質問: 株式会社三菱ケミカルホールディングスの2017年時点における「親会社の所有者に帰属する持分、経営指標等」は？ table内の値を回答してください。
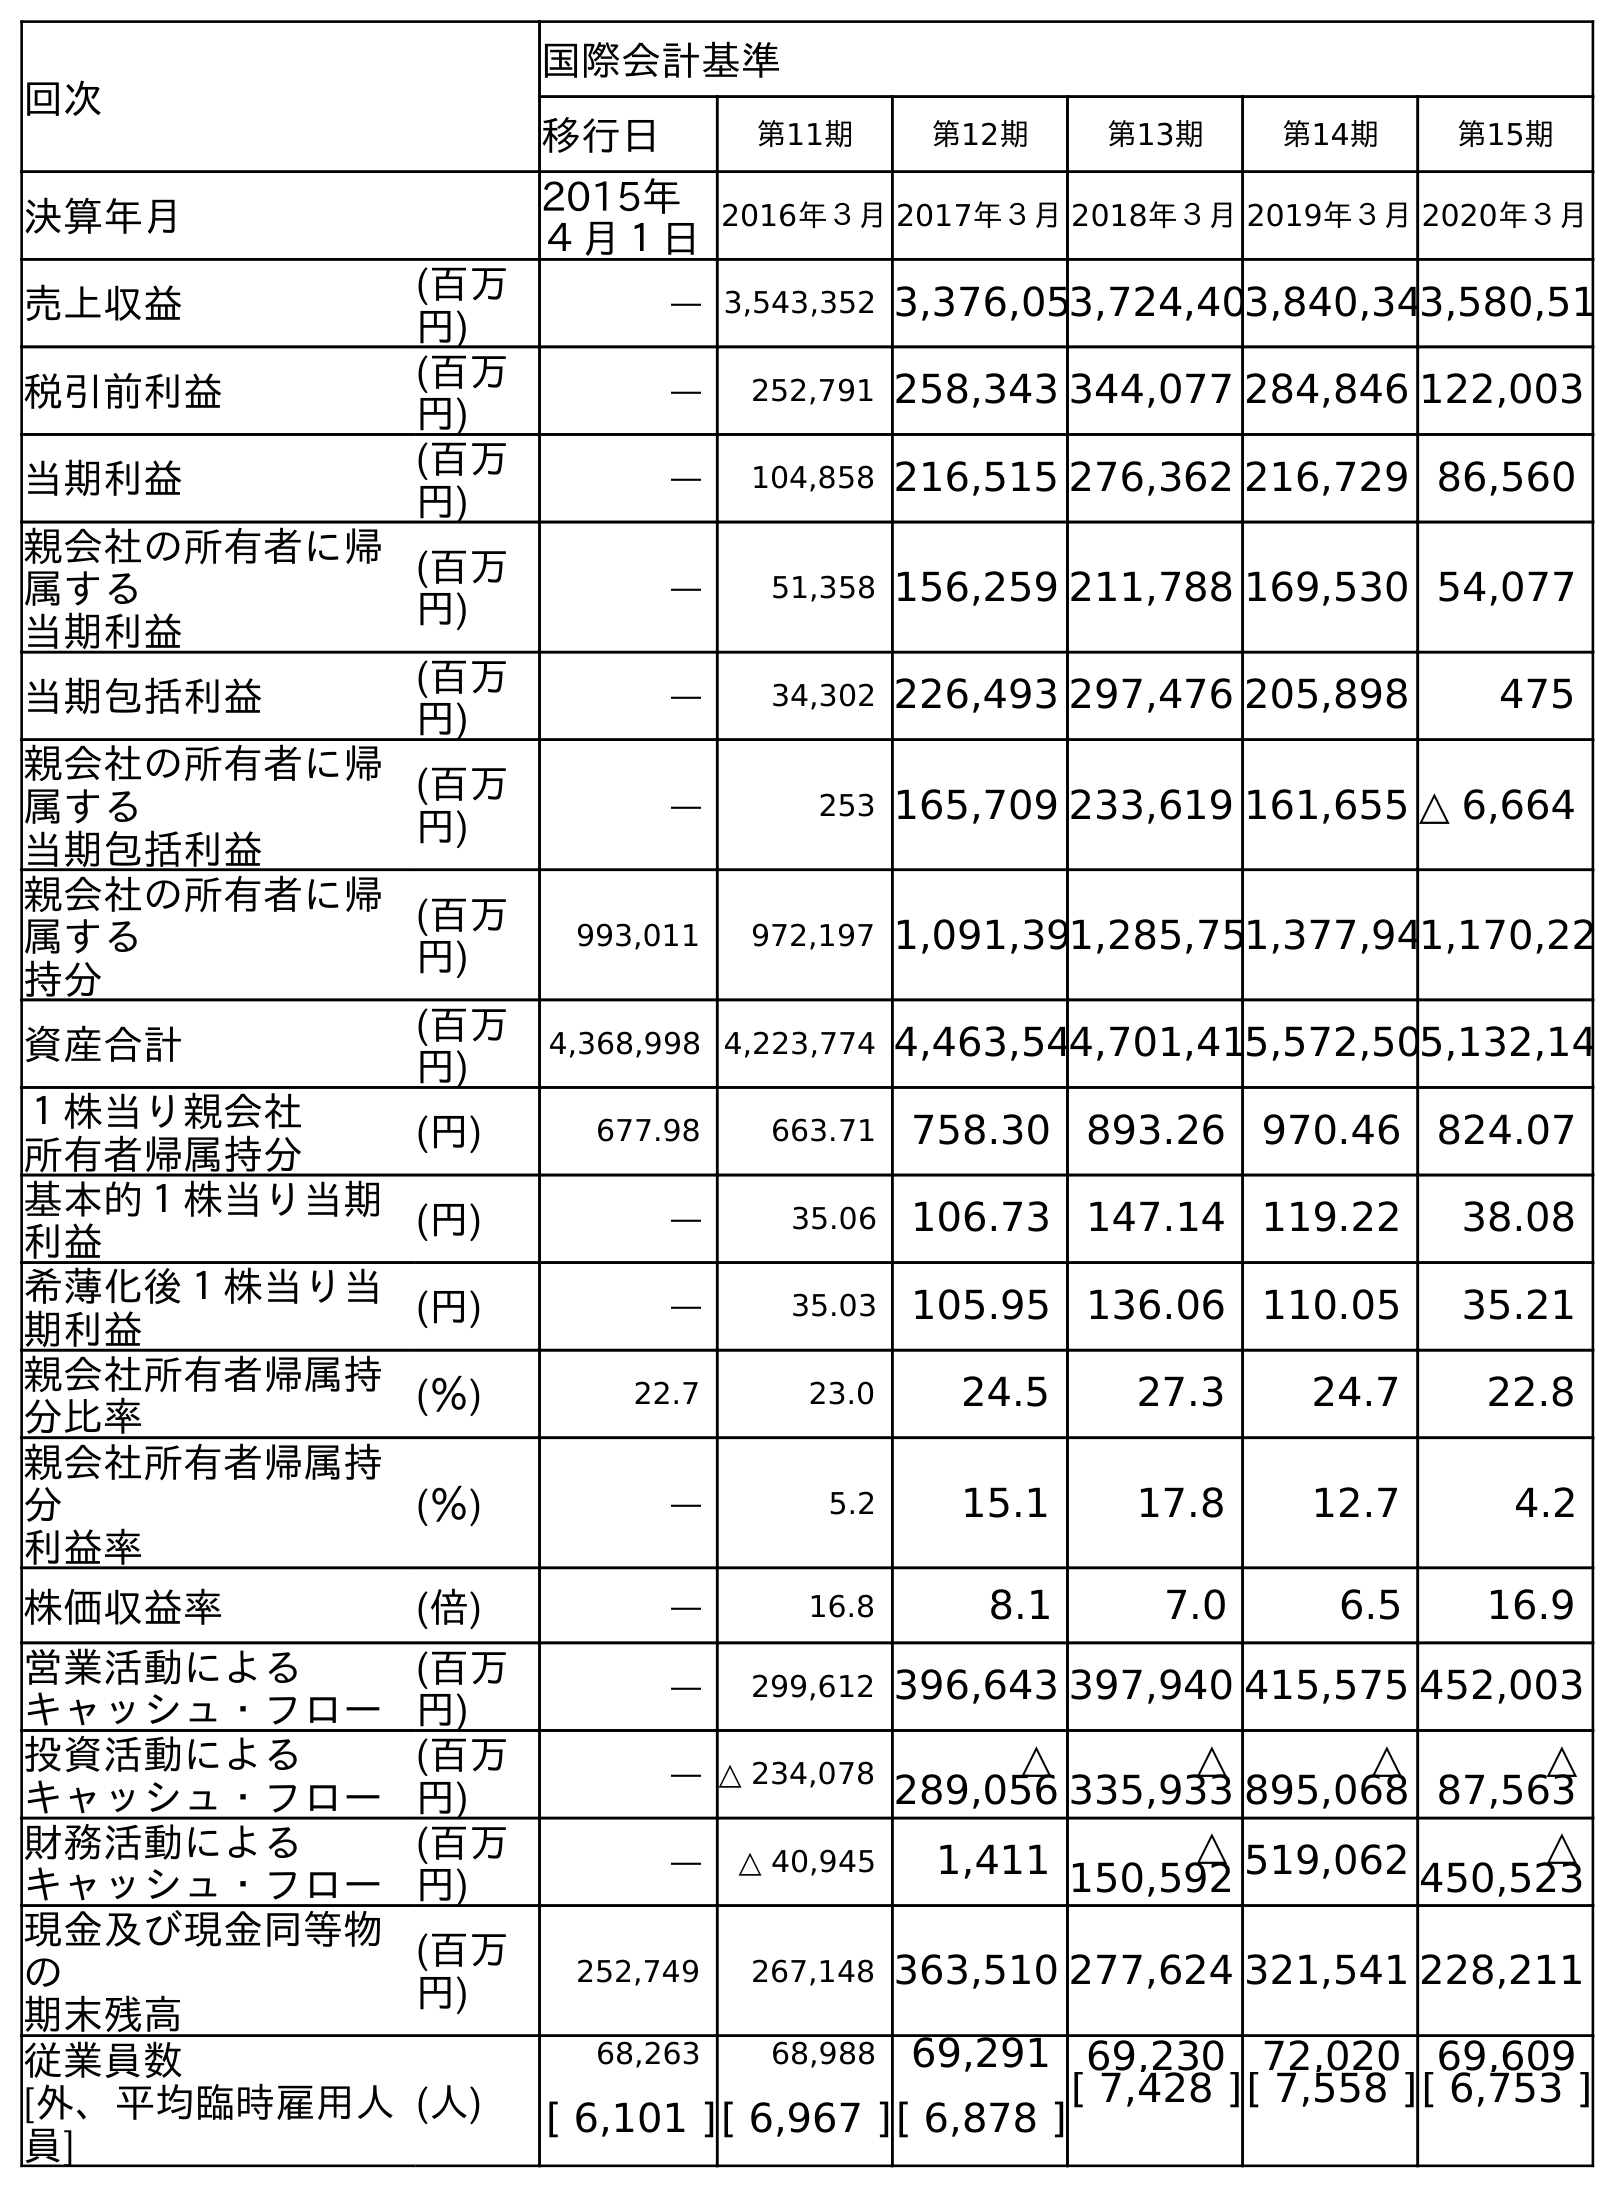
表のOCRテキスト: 回次 国際会計基準 移行日 第11期 第12期 第13期 第14期 第15期 決算年月 2015年 ４月１日 2016年３月2017年３月2018年３月2019年３月2020年３月 売上収益 (百万 円) ― 3,543,352 3,376,053,724,403,840,343,580,51 税引前利益 (百万 円) ― 252,791 258,343 344,077 284,846 122,003 当期利益 (百万 円) ― 104,858 216,515 276,362 216,729 86,560 親会社の所有者に帰 属する 当期利益 (百万 円) ― 51,358 156,259 211,788 169,530 54,077 当期包括利益 (百万 円) ― 34,302 226,493 297,476 205,898 475 親会社の所有者に帰 属する 当期包括利益 (百万 円) ― 253 165,709 233,619 161,655 △ 6,664 親会社の所有者に帰 属する 持分 (百万 円) 993,011 972,197 1,091,391,285,751,377,941,170,22 資産合計 (百万 円) 4,368,998 4,223,774 4,463,544,701,415,572,505,132,14 １株当り親会社 所有者帰属持分 (円) 677.98 663.71 758.30 893.26 970.46 824.07 基本的１株当り当期 利益 (円) ― 35.06 106.73 147.14 119.22 38.08 希薄化後１株当り当 期利益 (円) ― 35.03 105.95 136.06 110.05 35.21 親会社所有者帰属持 分比率 (％) 22.7 23.0 24.5 27.3 24.7 22.8 親会社所有者帰属持 分 利益率 (％) ― 5.2 15.1 17.8 12.7 4.2 株価収益率 (倍) ― 16.8 8.1 7.0 6.5 16.9 営業活動による キャッシュ・フロー (百万 円) ― 299,612 396,643 397,940 415,575 452,003 投資活動による キャッシュ・フロー (百万 円) ― △ 234,078 △ 289,056 △ 335,933 △ 895,068 △ 87,563 財務活動による キャッシュ・フロー (百万 円) ― △ 40,945 1,411 △ 150,592 519,062 △ 450,523 現金及び現金同等物 の 期末残高 (百万 円) 252,749 267,148 363,510 277,624 321,541 228,211 従業員数 [外、平均臨時雇用人 員] (人) 68,263 68,988 69,291 69,230 72,020 69,609 [ 6,101 ][ 6,967 ][ 6,878 ][ 7,428 ][ 7,558 ][ 6,753 ]
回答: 1,091,398